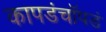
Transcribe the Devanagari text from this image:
कापडंचॉपडं